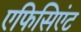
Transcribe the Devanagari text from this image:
एफिसिएंट